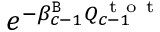
e ^ { - \beta _ { c - 1 } ^ { \tt B } Q _ { c - 1 } ^ { \mathrm { ~ t ~ o ~ t ~ } } }